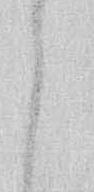
し